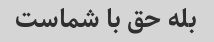
بله حق با شماست